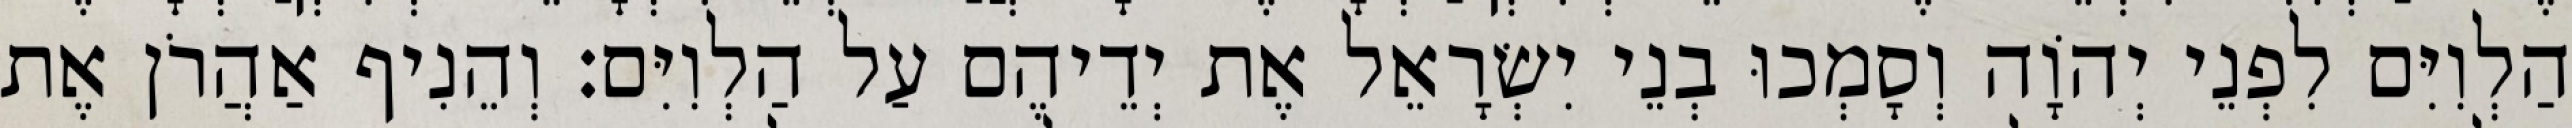
הַלְוִיִּם לִפְנֵי יְהוָֹה וְסָמְכוּ בְנֵי יִשְׂרָאֵל אֶת יְדֵיהֶם עַל הַלְוִיִּם׃ וְהֵנִיף אַהֲרֹן אֶת